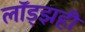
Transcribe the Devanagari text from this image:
लॉड्झही